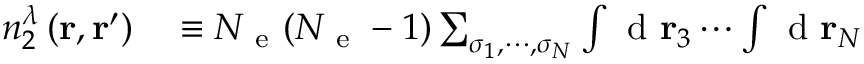
\begin{array} { r l } { n _ { 2 } ^ { \lambda } \left( \ensuremath { \mathbf { r } } , \ensuremath { \mathbf { r } } ^ { \prime } \right) } & { { } \equiv \ensuremath { N _ { \mathrm { ~ e ~ } } } ( \ensuremath { N _ { \mathrm { ~ e ~ } } } - 1 ) \sum _ { \sigma _ { 1 } , \cdots , \sigma _ { N } } \int \mathrm { ~ d ~ } \ensuremath { \mathbf { r } } _ { 3 } \cdots \int \mathrm { ~ d ~ } \ensuremath { \mathbf { r } } _ { N } } \end{array}